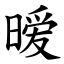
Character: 暧